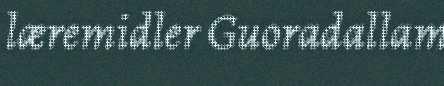
læremidler Guoradallam